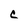
Character: C